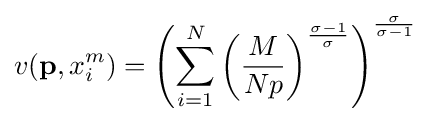
v(\mathbf {p} ,x_{i}^{m})=\left(\sum _{i=1}^{N}\left({\frac {M}{Np}}\right)^{\frac {\sigma -1}{\sigma }}\right)^{\frac {\sigma }{\sigma -1}}